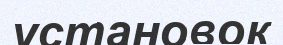
установок